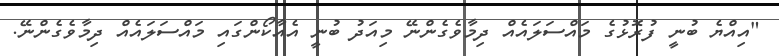
"އިއްޔެ ބުނީ ފުރޮޅުގެ މައްސަލައެއް ދިމާވެގެންނޭ މިއަދު ބުނީ އެއާކޯންގައި މައްސަލައެއް ދިމާވެގެންނޭ.